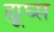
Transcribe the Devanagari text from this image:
ह्यूघ्स